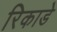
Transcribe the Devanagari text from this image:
रिकाडे